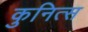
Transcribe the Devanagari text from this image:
कुनित्स